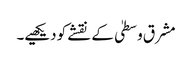
مشرق وسطیٰ کے نقشے کو دیکھیے۔